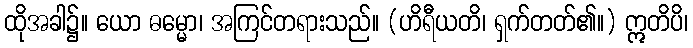
ထိုအခါ၌။ ယော ဓမ္မော၊ အကြင်တရားသည်။ (ဟိရီယတိ၊ ရှက်တတ်၏။) ဣတိပိ၊